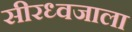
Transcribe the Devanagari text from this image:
सीरध्वजाला